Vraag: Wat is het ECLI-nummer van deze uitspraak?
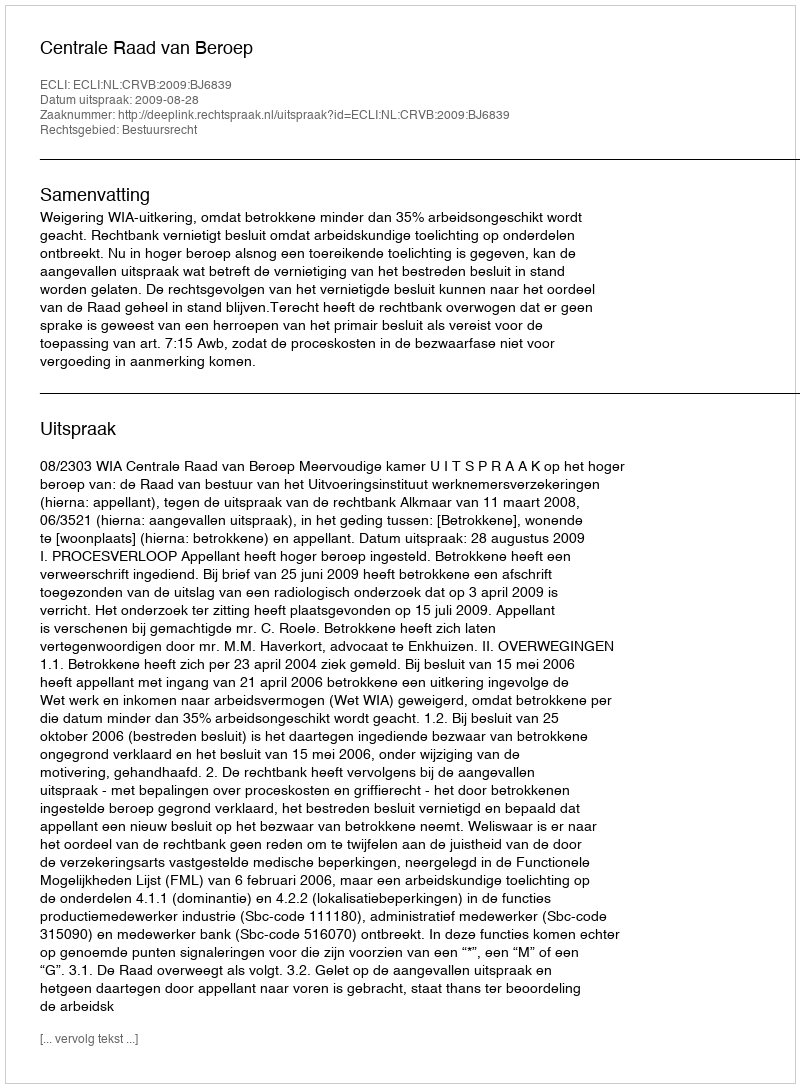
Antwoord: ECLI:NL:CRVB:2009:BJ6839